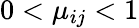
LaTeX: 0<\mu_{ij}<1